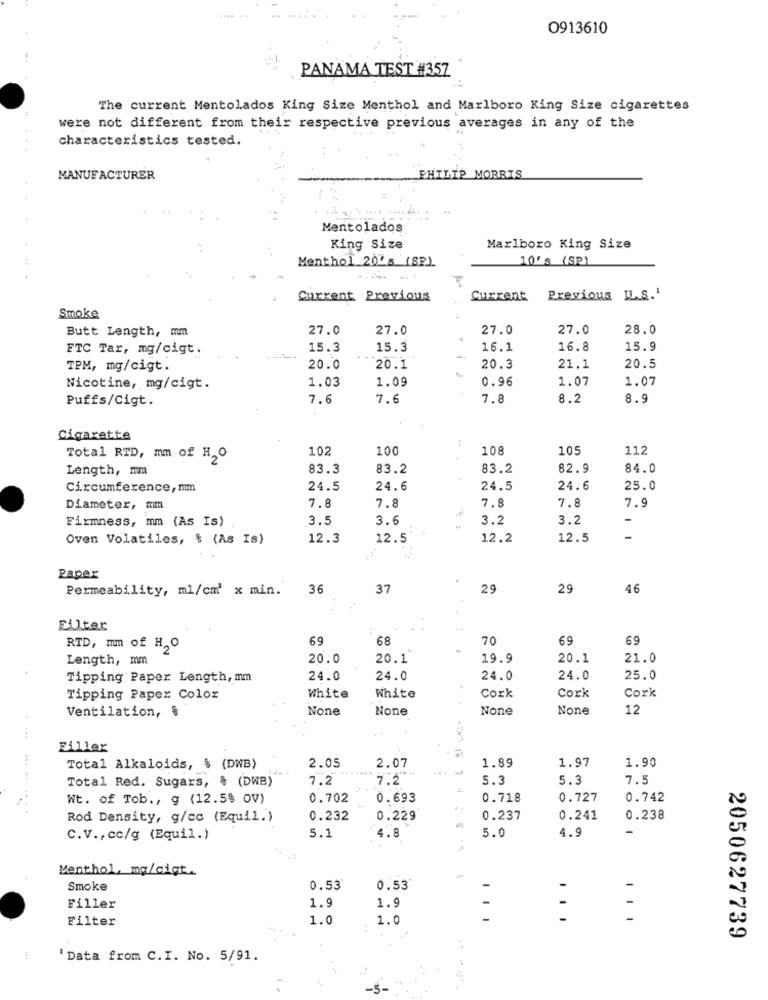
0913610
PANAMA TEST #357
The current Mentolados King Size Menthol and Marlboro King Size cigarettes
were not different from their respective previous averages in any of the
characteristics tested.
MANUFACTURER
PHILIP MORRIS
Mentolados
King Size
Marlboro King Size
Menthol 20's (SP)
10's (SP)
Current Previous
Current
Previous IL.S.'
Smoke
Butt Length, mm
27.0
27.0
27.0
27.0
28.0
FTC Tar, mg/cigt.
15.3
15.3
16.1
16.8
15.9
TPM, mg/cigt.
20.0
20.1
20.3
21.1
20.5
1.03
1.09
0.96
1.07
1.07
Nicotine, mg/cigt.
Puffs/Cigt.
7.6
7.6
7.8
8.2
8.9
Cigarette
102
100
108
105
112
Total RTD, mm of H,O
Length, mm
83.3
83.2
83.2
82.9
84.0
Circumference,mm
24.5
24.6
24.5
24.6
25.0
Diameter, mm
7.8
7.8
7.8
7.8
7.9
Firmness, mm (As Is)
3.5
3.6
3.2
3.2
Oven Volatiles, $ (As Is)
12.3
12.5
12.2
12.5
Paper
Permeability, ml/cm' x min.
36
37
29
29
46
Filter
69
68
70
69
69
RTD, mm of H,O
Length, mm
20.0
20.1
19.9
20.1
21.0
Tipping Paper Length, mm
24.0
24.0
24.0
24.0
25.0
Cork
Cork
Tipping Paper Color
White
White
Cork
Ventilation, &
12
....
Filler
2.05
2.07
1.89
1.97
1.90
Total Alkaloids, $ (DWB)
Total Red. Sugars, & (DWB)
7.2
7.2
5.3
5.3
7.5
Wt. of Tob ., g (12.5% OV)
0.702
0.693
0.718
0.727
0.742
Rod Density, g/cc (Equil.)
0.232
0.229
0.237
0.241
0.238
4.8
5.0
C.V ., cc/g (Equil.)
5.1
4.9
Menthol, ma/cigt.
Smoke
0.53
0.53
Filler
1.9
1.
-
-
Filter
1.0
1.0
-
2050627739
'Data from C.I. No. 5/91.